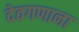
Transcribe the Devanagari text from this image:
देवगणाना